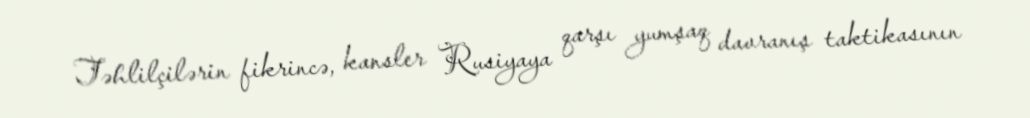
Təhlilçilərin fikrincə, kansler Rusiyaya qarşı yumşaq davranış taktikasının